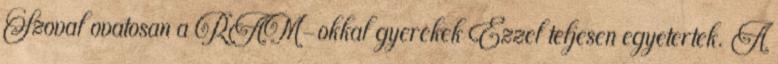
Szoval ovatosan a RAM-okkal gyerekek Ezzel teljesen egyetertek. A